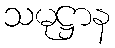
သမုဋ္ဌာန